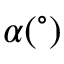
\alpha ( ^ { \circ } )